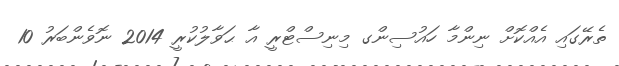
ތެރޭގައި އެއްކޮށް ނިންމާ ހައުސިންގ މިނިސްޓްރީ އާ ޙަވާލުކުރީ 2014 ނޮވެންބަރު 10